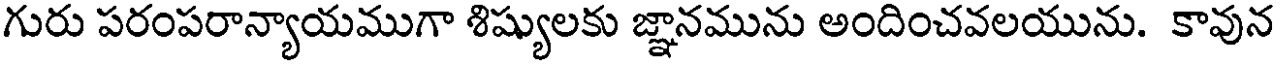
గురు పరంపరాన్యాయముగా శిష్యులకు జ్ఞానమును అందించవలయును. కావున